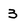
Character: 3